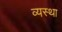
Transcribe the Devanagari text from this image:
व्‍यस्‍था